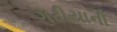
ગઢીયાની